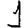
Digit: 1